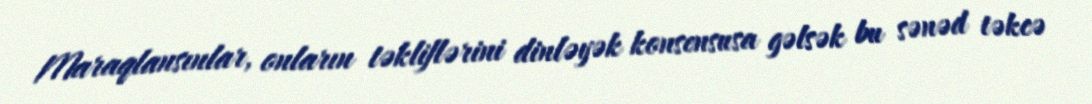
Maraqlansınlar, onların təkliflərini dinləyək konsensusa gəlsək bu sənəd təkcə